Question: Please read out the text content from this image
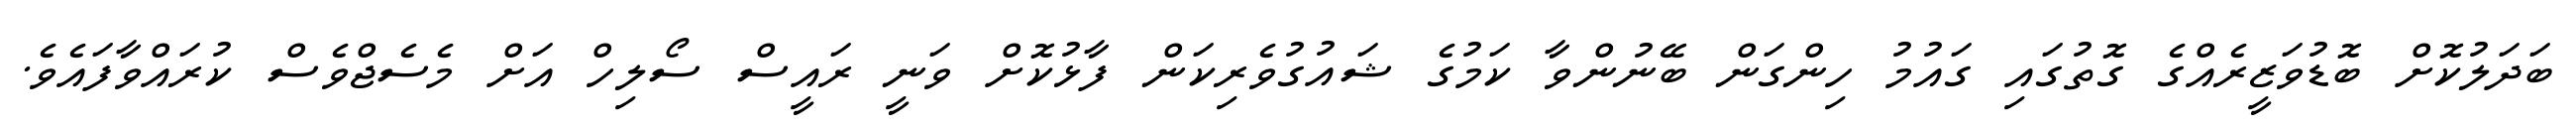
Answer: ބަދަލުކޮށް ބޮޑުވަޒީރެއްގެ ގޮތުގައި ގައުމު ހިންގަން ބޭނުންވާ ކަމުގެ ޝައުގުވެރިކަން ފާޅުކޮށް ވަނީ ރައީސް ސޯލިހް އަށް މެސެޖްވެސް ކުރައްވާފައެވެ.